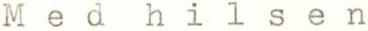
Med hilsen